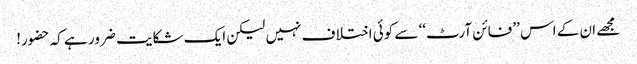
مجھے ان کے اس ’’فائن آرٹ‘‘ سے کوئی اختلا ف نہیں لیکن ایک شکایت ضرور ہے کہ حضور!